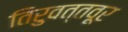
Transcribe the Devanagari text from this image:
तिरुवत्तवूर